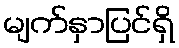
မျက်နှာပြင်ရှိ